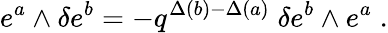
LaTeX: e^{a}\wedge\delta e^{b}=-q^{\Delta(b)-\Delta(a)}\; \delta e^{b}\wedge e^{a}\; .